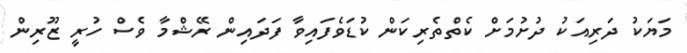
މަޔަކު ދަރިއަކު ދުށުމަށް ކެތްތެރިކަން ކުޑަވެފައިވާ ފަދައިން ރޭޝްމާ ވެސް ހުރީ ޒޫރިން